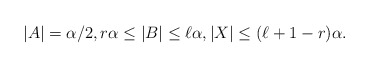
\begin{align*} |A| = \alpha/2,r\alpha\leq |B|\leq \ell\alpha, |X|\leq (\ell+1-r) \alpha. \end{align*}